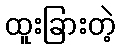
ထူးခြားတဲ့